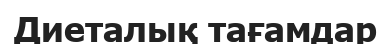
Диеталық тағамдар